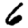
Digit: 6